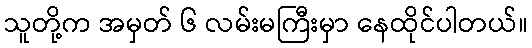
သူတို့က အမှတ် ၆ လမ်းမကြီးမှာ နေထိုင်ပါတယ်။